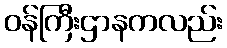
ဝန်ကြီးဌာနကလည်း